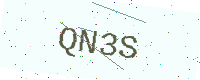
Text: QN3S